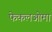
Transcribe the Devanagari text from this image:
फेकलओमा